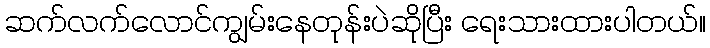
ဆက်လက်လောင်ကျွမ်းနေတုန်းပဲဆိုပြီး ရေးသားထားပါတယ်။